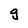
Character: g